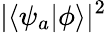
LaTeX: |\langle\psi_{a}|\phi\rangle|^{2}